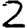
Digit: 2